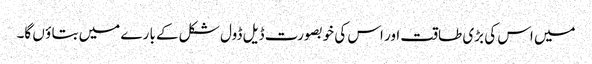
میں اس کی بڑی طاقت اور اس کی خوبصو رت ڈیل ڈول شکل کے با رے میں بتا ؤ ں گا۔